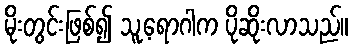
မိုးတွင်းဖြစ်၍ သူ့ရောဂါက ပိုဆိုးလာသည်။